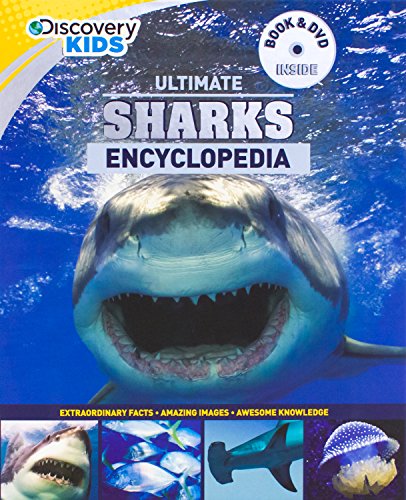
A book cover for Ultimate Sharks Encyclopedia w/DVD (Discovery Kids) (Discovery Book+dvd); Parragon Books; Reference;